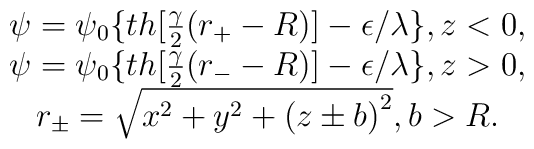
\begin{array}{c}\psi =\psi _0\{th[\frac \gamma 2(r_{+}-R)]-\epsilon /\lambda \},z<0, \\ \psi =\psi _0\{th[\frac \gamma 2(r_{-}-R)]-\epsilon /\lambda \},z>0, \\ r_{\pm }=\sqrt{x^2+y^2+\left( z\pm b\right) ^2}, b>R.\end{array}